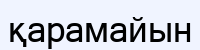
қарамайын